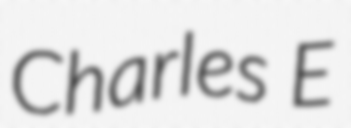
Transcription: Charles E